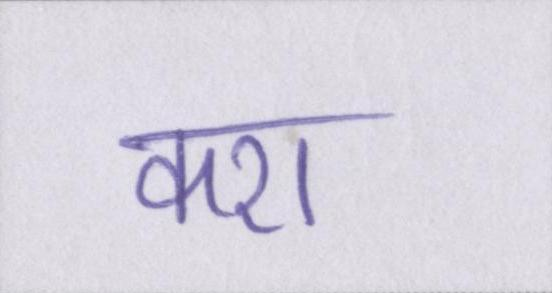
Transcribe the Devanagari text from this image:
करा